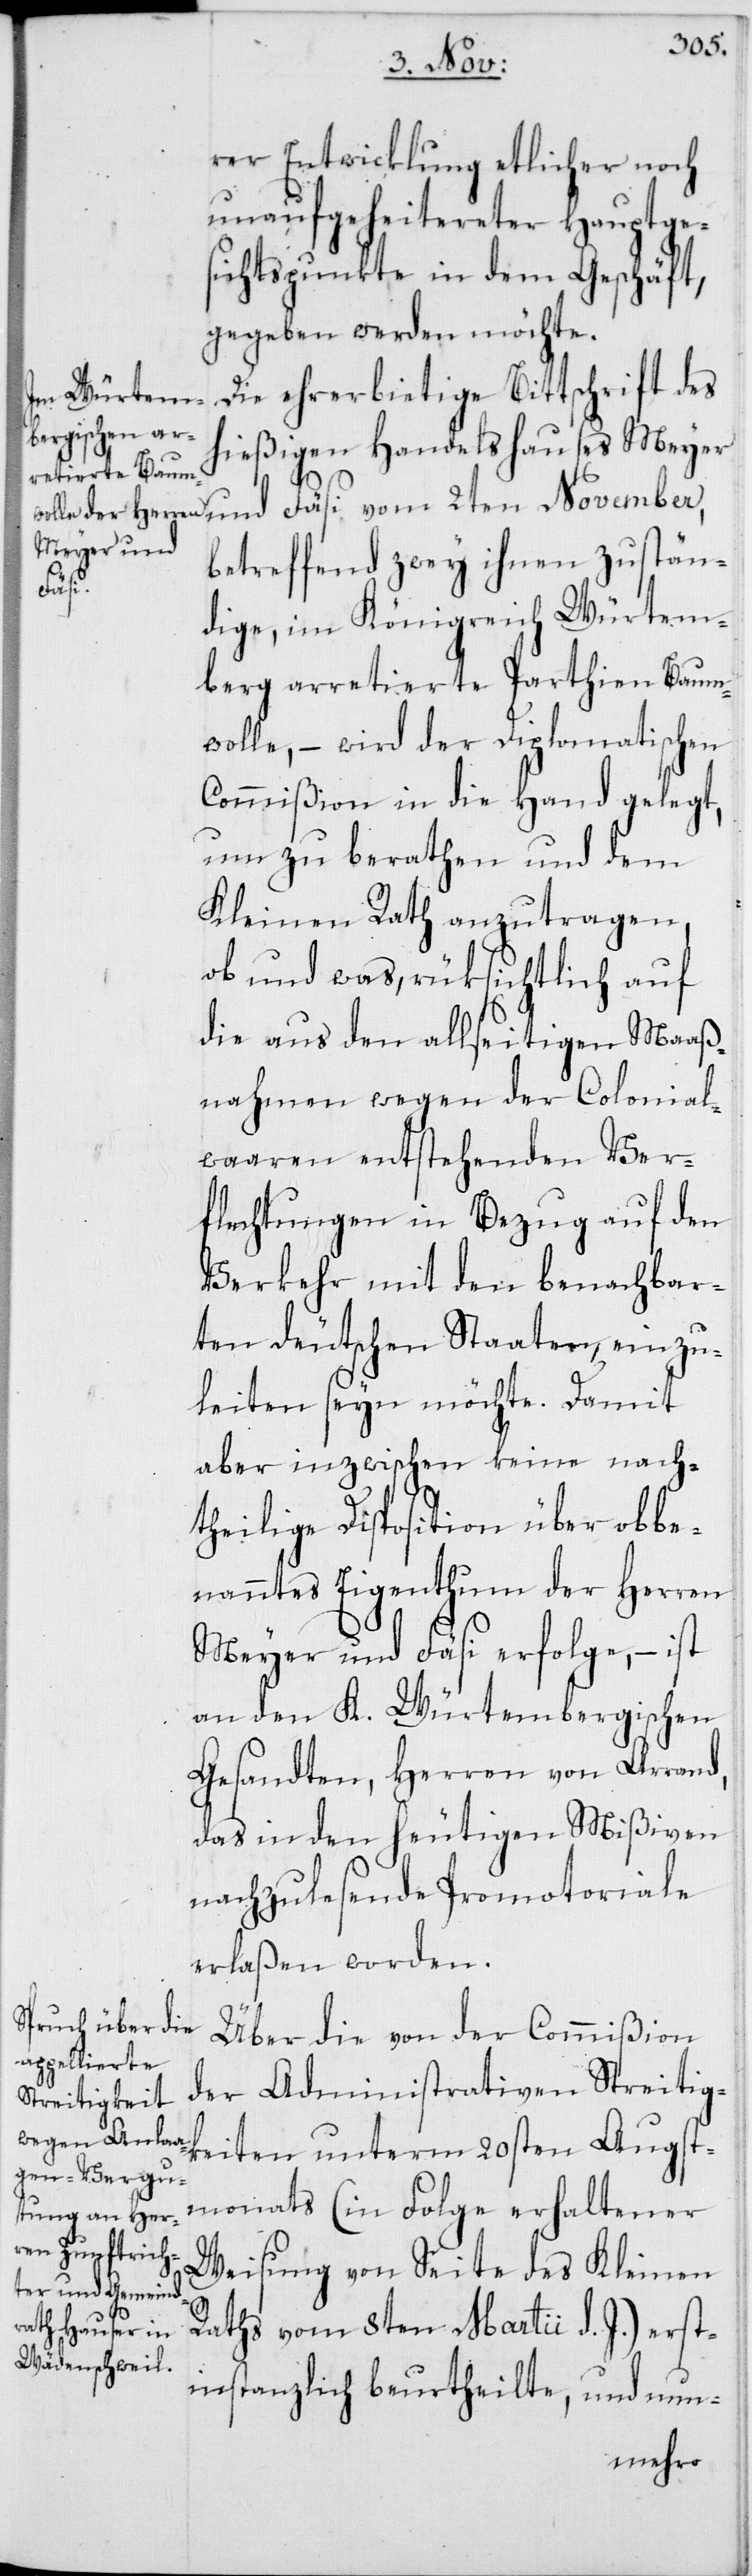
rer Entwicklung etlicher noch
unaufgeheitereter Hauptge¬
sichtspunkte in dem Geschäft,
gegeben werden möchte.
Die ehrerbietige Bittschrift des
hießigen Handelshauses Meyer
betreffend zwey ihnen zustän¬
Fäsi
dige, im Königreich Würtem¬
berg arretierte Parthien Baum¬
wolle, – wird der Diplomatischen
Commißion in die Hand gelegt,
um zu berathen und dem
Kleinen Rath anzutragen,
ob und was, rüksichtlich auf
die aus den allseitigen Maaß¬
nahmen wegen der Colonial¬
waaren entstehenden Ver¬
flechtungen in Bezug auf den
Verkehr mit den benachbar¬
ten deutschen Staaten, einzu¬
leiten seyn möchte. Damit
aber inzwischen keine nach¬
theilige Disposition über obbe¬
nanntes Eigentum der Herren
Meyer und Fäsi erfolge, – ist
an den K. Würtembergischen
Gesandten, Herren von Arrand,
das in den heutigen Mißiven
nachzulesende Promotoriale
erlaßen worden.
Über die von der Commißion
der Administrativen Streitig¬
keiten unterm 20sten Augst¬
monats (in Folge erhaltener
Weisung von Seite des Kleinen
Raths vom 8ten Martii d. J.) erst¬
instanzlich beurtheilte, und nun-